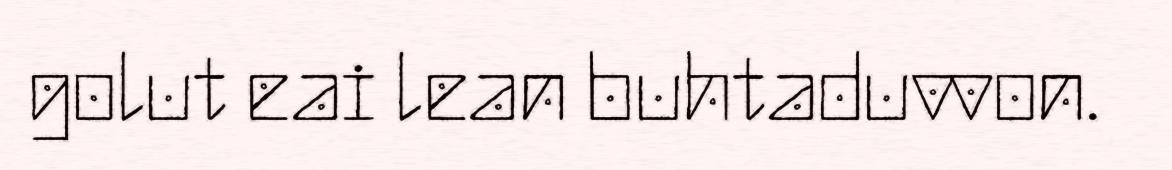
golut eai lean buhtaduvvon.